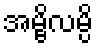
အမ္ဗိလမ္ပိ